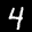
Label: 4